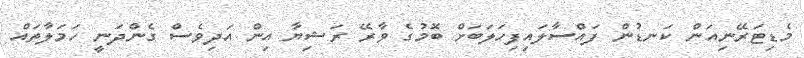
މެޑިޓަރޭނިއަން ކަނޑުން ފައްސާލައިފިހަލަބަށް ބޮމުގެ ވާރޭ ރަޝިޔާ އިން އަދިވެސް ގެންދަނީ ހަމަލާތައް